Report on vaccination in Madras 1904-1921 - 1904-1921
Year: 1904
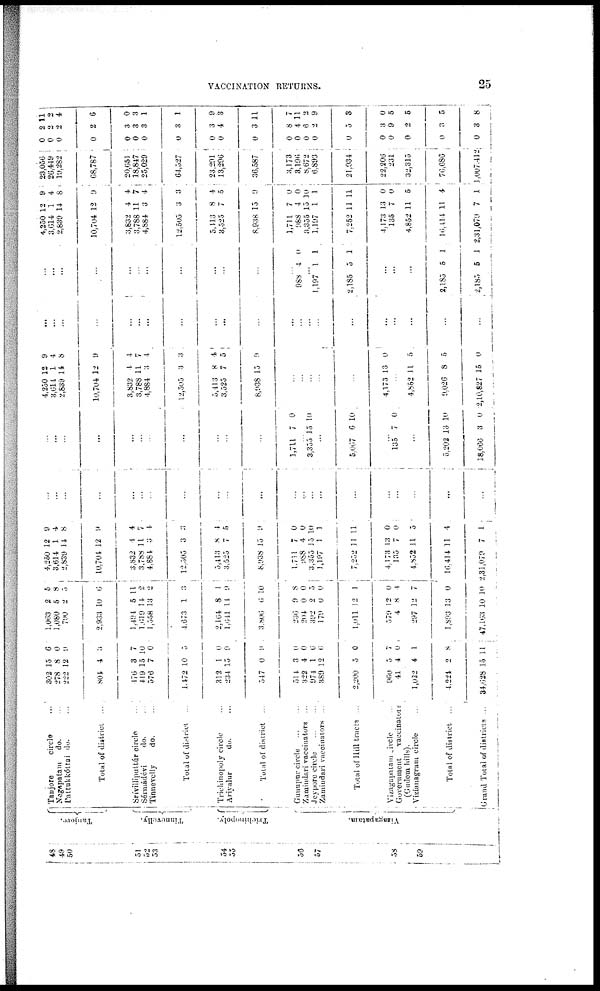
VACCINATION RETURNS.
25
48
49 50
51
52
53
54
55
56
57
58
59
Tanjore.
Tinnevelly.
Trichinopoly.
Vizagapatam.
Tanjore
circle ...
Negapatam
do. ...
Pattukkóttai
do. ...
Total of district
...
Srívilliputtúr circle ...
Sérmádévi
do. ...
Tinnevelly
do. ...
Total of district ...
Trichinopoly circle ...
Ariyalur
do. ...
Total of district
...
Gunupur circle ... ...
Zamindari vaccinators ...
Jeypore circle
...
...
Zamindari vaccinators ...
Total of Hill tracts ...
Vizagapatam circle ...
Government
vaccinators
(Gudem hills).
Vizianagram circle ...
Total of district ...
Grand Total of districts ...
302
278
222
804
476
419
576
1,472
312
234
547
514
322
974
889
2,200
960
41
1,022
4,224
34,628
15
8
12
4
3
15
7
10
1
15
0
3
4
1
12
5
5
4
4
2
15
6
0
9
3
7
10
0
5
0
9
9
0
0
6
6
0
7
0
1
8
11
1,063
1,080
790
2,933
1,494
1,610
1,558
1,673
2,164
1,641
3,800
236
204
392
179
1,011
579
4
297
1,893
47,163
2
5
2
10
5
14
13
1
8
14
6
9
0
9
0
12
12
8
12
13
10
5
8
5
0
11
2
2
3
1
9
10
8
0
5
0
1
0
4
7
0
10
4,250
3,614
2,839
10,704
3,832
3,788
4,884
12,505
5,413
3,525
8,938
1,711
988
3,355
1,197
7,252
4,173
135
4,852
10,414
2,31,079
12
1
14
12
4
11
3
3
8
7
15
7
4
15
1
11
13
7
11
11
7
9
4
8
9
4
7
4
3
4
5
9
0
0
10
1
11
0
0
5
4
1
...
...
...
...
...
...
...
...
...
...
...
...
...
...
...
...
...
...
...
...
...
...
...
...
...
...
...
...
...
...
...
...
1,711 7 0
...
3,355 15 10
...
5,067 6 10
...
135 7 0
...
5,202
18,066
13
3
10
0
4,250
3,014
2,839
10,704
3,832
3,788
4,884
12,505
5,413
3,525
8,938
12
1
14
12
4
11
3
3
8
7
15
9
4
8
9
4
7
4
3
4
5
9
...
...
...
...
...
4,173 13 0
...
4,852
9,026
2,10,827
11
8
15
5
5
0
...
...
...
...
...
...
...
...
...
...
...
...
...
...
...
...
...
...
...
...
...
...
...
...
...
...
...
...
...
...
...
...
...
988 4 0
...
1,197
2,185
1
5
1
1
...
...
...
2,185
2,185
5
5
1
1
4,250
3,614
2,839
10,704
3,832
3,788
4,884
12,505
5,413
3,525
8,938
1,711
988
3,355
1,197
7,252
4,173
135
4,852
10,414
2,31,079
12
1
14
12
4
11
3
3
8
7
15
7
4
15
1
11
13
7
11
11
7
9
4
8
9
4
7
4
3
4
0
9
0
0
10
1
11
0
0
5
4
1
23,056
26,449
19,282
68,787
20,651
18,847
25,029
64,527
23,291
13,296
36,587
3,173
3,196
8,672
6,893
21,934
22,206
231
32,315
76,686
1,007,412
0
0
0
0
0
0
0
0
0
0
0
0
0
0
0
0
0
0
0
0
0
2
2
2
2
3
3
3
3
3
4
3
8
4
6
2
5
3
9
2
3
3
11
2
4
6
0
3
1
1
9
3
11
7
11
2
9
3
0
5
5
5
8